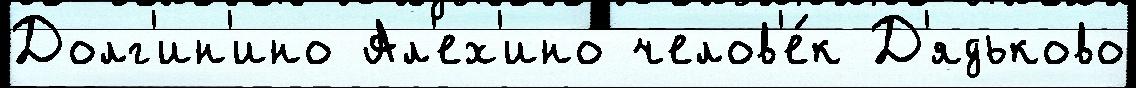
Долг'ин'ино Ал'ех'ино челов'е́к Д'ядьково